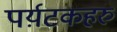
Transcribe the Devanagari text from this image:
पर्य़टकहरु